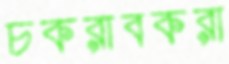
চকরাবকরা